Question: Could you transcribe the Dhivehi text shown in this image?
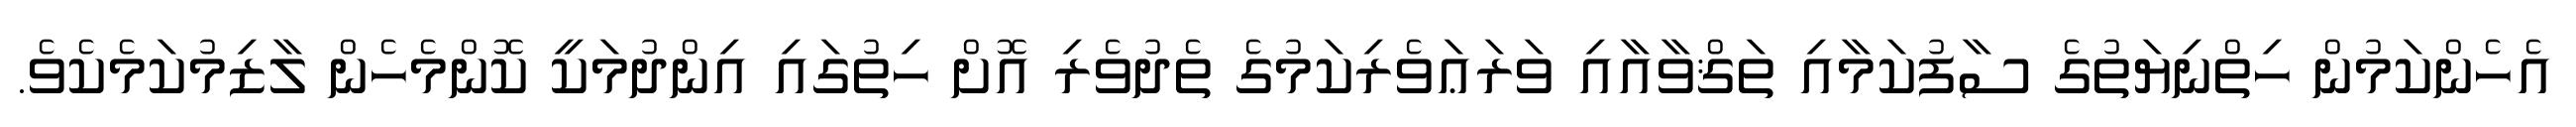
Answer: އެހެންކަމުން ހިތްނިޔަތުގެ ސާފުކަމާއި ތަޤްވާއާއި ވަރަޢަވެރިކަމުގެ ތެދުވެރި އޮށް ހިތުގައި އިންދުމަކީ ކޮންމެހެން ލާޒިމުކަމެކެވެ.